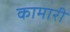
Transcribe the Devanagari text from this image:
कामारी